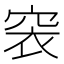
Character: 𥥴